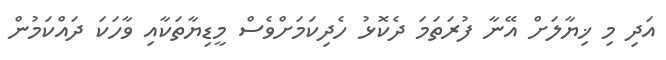
އަދި މި ޚިޔާލަށް އޭނާ ފުރަތަމަ ދެކޮޅު ހެދިކަމަށްވެސް މީޑިޔާތަކާއި ވާހަކަ ދައްކަމުން